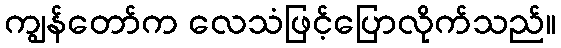
ကျွန်တော်က လေသံဖြင့်ပြောလိုက်သည်။